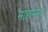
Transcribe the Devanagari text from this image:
मोहोम्मद